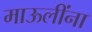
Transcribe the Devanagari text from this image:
माऊलींना